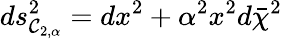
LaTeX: ds_{\mathcal{C}_{2,\alpha}}^{2}=dx^{2}+\alpha^{2}x^{2}d\bar{{\chi}}^{2}